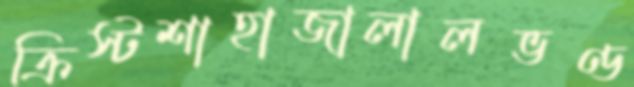
ক্রিস্টশাহাজালালভণ্ড